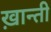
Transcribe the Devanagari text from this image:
ख़ान्ती